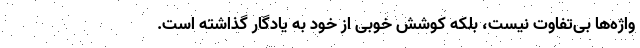
واژه‌ها بی‌تفاوت نیست، بلکه کوششِ خوبی از خود به یادگار گذاشته است.